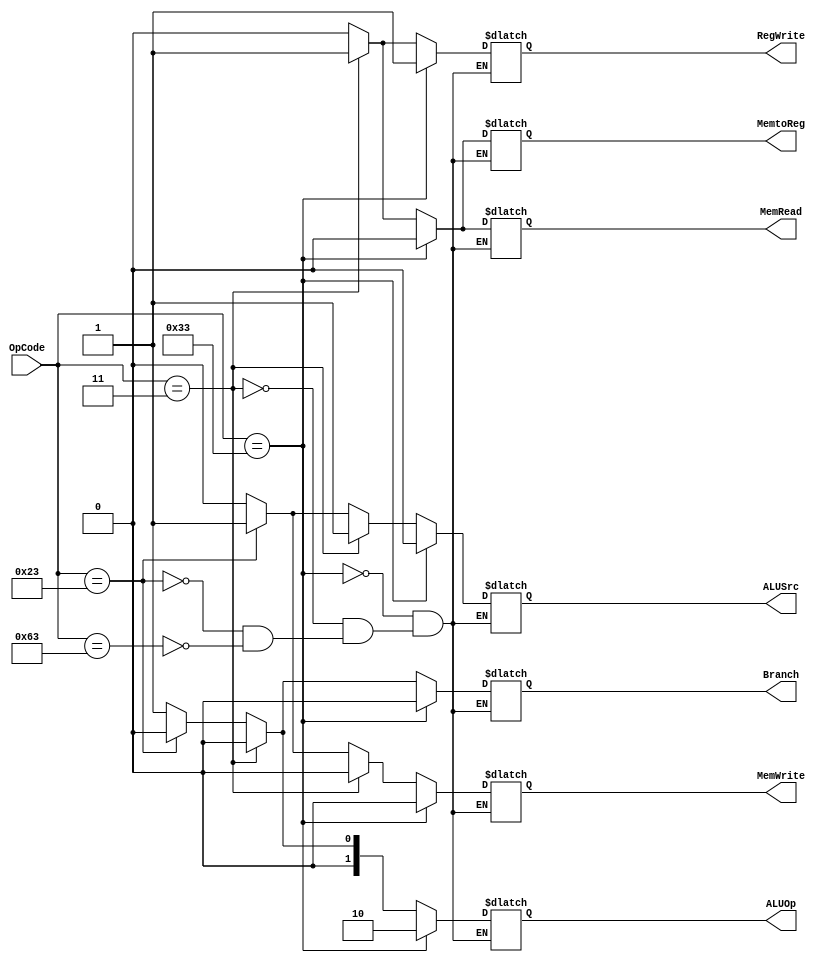
module Control (OpCode, ALUSrc, MemtoReg, RegWrite, MemRead, MemWrite, Branch, ALUOp);
  input wire [6:0]OpCode;
  output reg ALUSrc, MemtoReg, RegWrite, MemRead, MemWrite, Branch;
  output reg [1:0]ALUOp;

  always @ (*) begin
    if(OpCode == 7'b0110011) begin // Tipo R - AND, OR, SUB, ADD
      ALUSrc <= 0;
      MemtoReg <= 0;
      RegWrite <= 1;
      MemRead <= 0;
      MemWrite <= 0;
      Branch <= 0;
      ALUOp <= 2'b10;
    end
    else if(OpCode == 7'b0000011) begin // Tipo Load - LD
      ALUSrc <= 1;
      MemtoReg <= 1;
      RegWrite <= 1;
      MemRead <= 1;
      MemWrite <= 0;
      Branch <= 0;
      ALUOp <= 2'b00;
    end
    else if(OpCode == 7'b0100011) begin // Tipo Store - SD
      ALUSrc <= 1;
      MemtoReg <= 0; // don't care
      RegWrite <= 0;
      MemRead <= 0;
      MemWrite <= 1;
      Branch <= 0;
      ALUOp <= 2'b00;
    end
    else if(OpCode == 7'b1100011) begin // Tipo branch - BEQ - Dener falou que era 1100111
      ALUSrc <= 0;
      MemtoReg <= 0; // don't care
      RegWrite <= 0;
      MemRead <= 0;
      MemWrite <= 0;
      Branch <= 1;
      ALUOp <= 2'b01;
    end
  end
endmodule